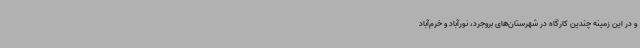
و در این زمینه چندین کارگاه در شهرستان‌های بروجرد، نورآباد و خرم‌آباد